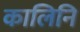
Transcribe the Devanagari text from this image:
कालिनि